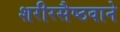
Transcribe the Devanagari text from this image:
शरीरसैष्ठवाने